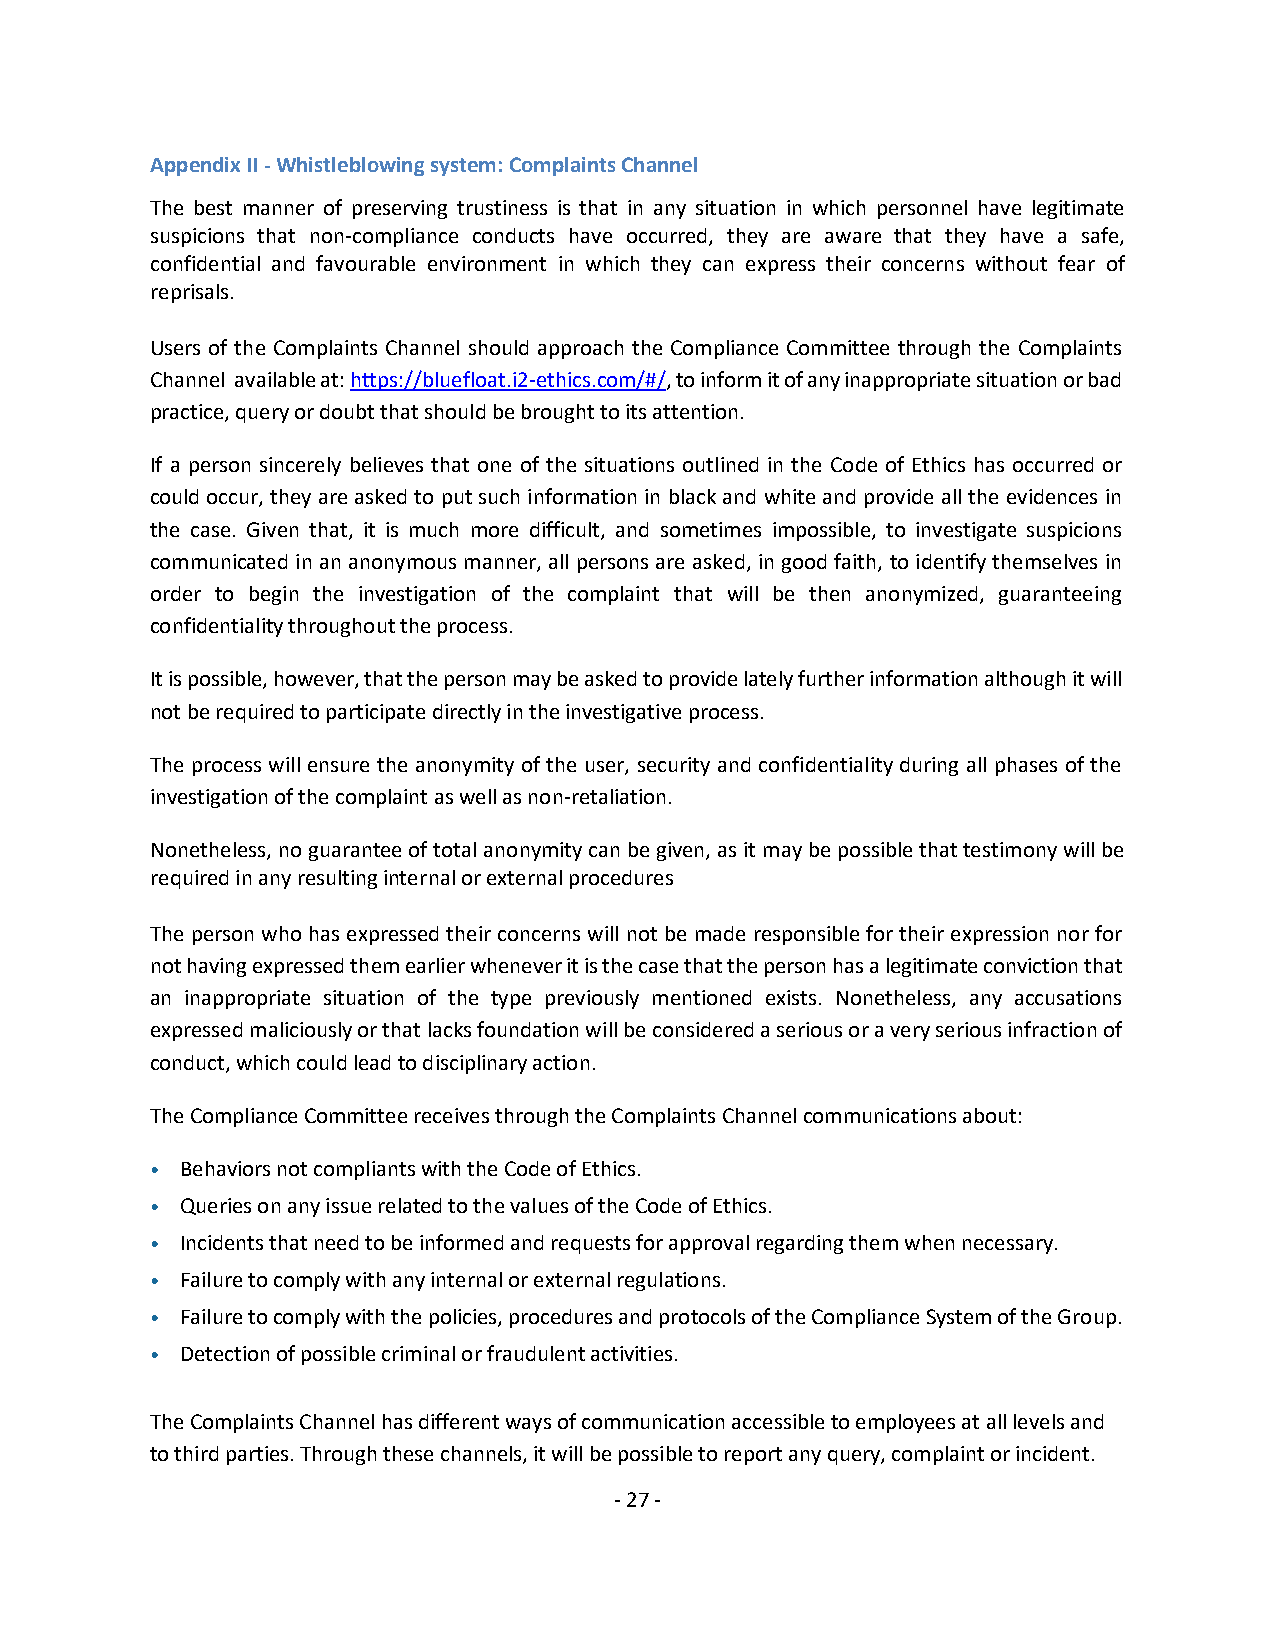
Appendix II - Whistleblowing system: Complaints Channel
 The best manner of preserving trustiness is that in any situation in which personnel have legitimate
 suspicions that non-compliance conducts have occurred, they are aware that they have a safe,
 confidential and favourable environment in which they can express their concerns without fear of
 reprisals.
 Users of the Complaints Channel should approach the Compliance Committee through the Complaints
 Channel available at: https://bluefloat.i2-ethics.com/#/, to inform it of any inappropriate situation or bad
 practice, query or doubt that should be brought to its attention.
 If a person sincerely believes that one of the situations outlined in the Code of Ethics has occurred or
 could occur, they are asked to put such information in black and white and provide all the evidences in
 the case. Given that, it is much more difficult, and sometimes impossible, to investigate suspicions
 communicated in an anonymous manner, all persons are asked, in good faith, to identify themselves in
 order to begin the investigation of the complaint that will be then anonymized, guaranteeing
 confidentiality throughout the process.
 It is possible, however, that the person may be asked to provide lately further information although it will
 not be required to participate directly in the investigative process.
 The process will ensure the anonymity of the user, security and confidentiality during all phases of the
 investigation of the complaint as well as non-retaliation.
 Nonetheless, no guarantee of total anonymity can be given, as it may be possible that testimony will be
 required in any resulting internal or external procedures
 The person who has expressed their concerns will not be made responsible for their expression nor for
 not having expressed them earlier whenever it is the case that the person has a legitimate conviction that
 an inappropriate situation of the type previously mentioned exists. Nonetheless, any accusations
 expressed maliciously or that lacks foundation will be considered a serious or a very serious infraction of
 conduct, which could lead to disciplinary action.
 The Compliance Committee receives through the Complaints Channel communications about:
 • Behaviors not compliants with the Code of Ethics.
 • Queries on any issue related to the values of the Code of Ethics.
 • Incidents that need to be informed and requests for approval regarding them when necessary.
 • Failure to comply with any internal or external regulations.
 • Failure to comply with the policies, procedures and protocols of the Compliance System of the Group.
 • Detection of possible criminal or fraudulent activities.
 The Complaints Channel has different ways of communication accessible to employees at all levels and
 to third parties. Through these channels, it will be possible to report any query, complaint or incident.
 - 27 -